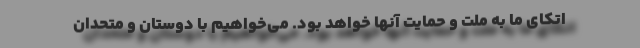
اتکای ما به ملت و حمایت آنها خواهد بود. می‌خواهیم با دوستان و متحدان